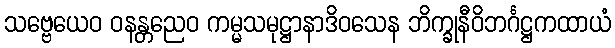
သဗ္ဗေယေဝ ဝနန္တညေဝ ကမ္မသမုဋ္ဌာနာဒိဝသေန ဘိက္ခုနီဝိဘင်္ဂဋ္ဌကထာယံ